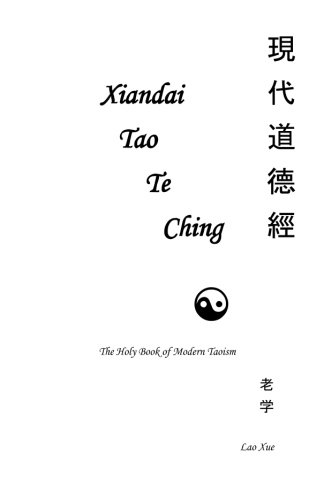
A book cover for The Holy Book of Modern Taoism: Xiandai Tao Te Ching; Lao Xue; Religion & Spirituality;